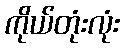
ကိုယ်တုံးလုံး